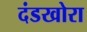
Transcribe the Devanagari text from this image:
दंडखोरा